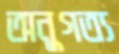
অনুগত্য